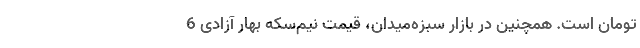
تومان است. همچنین در بازار سبزه‌میدان، قیمت نیم‌سکه بهار آزادی 6